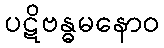
ပဋိဗန္ဓမနောဝ